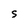
Character: S